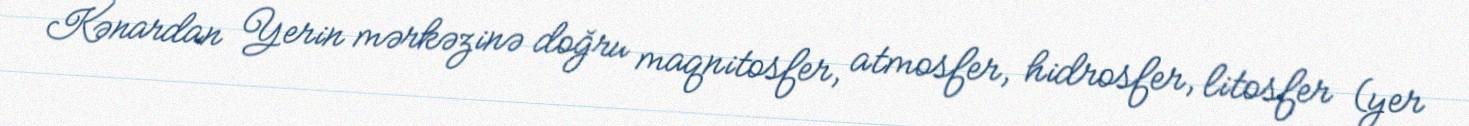
Kənardan Yerin mərkəzinə doğru maqnitosfer, atmosfer, hidrosfer, litosfer (yer